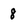
Character: 8